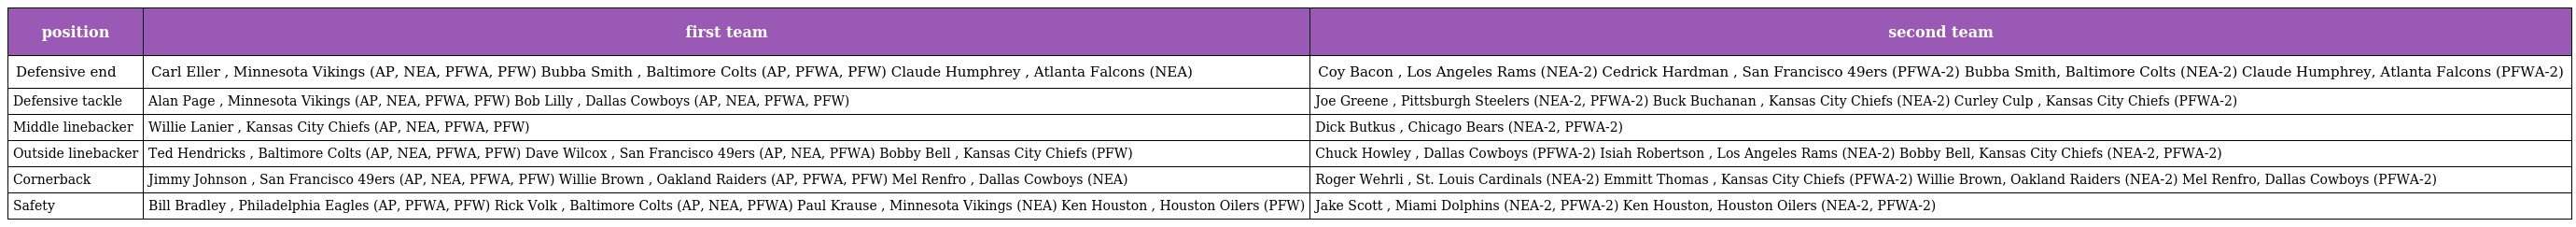
| position | first team | second team |
 | --- | --- | --- |
 | Defensive end | Carl Eller , Minnesota Vikings (AP, NEA, PFWA, PFW) Bubba Smith , Baltimore Colts (AP, PFWA, PFW) Claude Humphrey , Atlanta Falcons (NEA) | Coy Bacon , Los Angeles Rams (NEA-2) Cedrick Hardman , San Francisco 49ers (PFWA-2) Bubba Smith, Baltimore Colts (NEA-2) Claude Humphrey, Atlanta Falcons (PFWA-2) |
 | Defensive tackle | Alan Page , Minnesota Vikings (AP, NEA, PFWA, PFW) Bob Lilly , Dallas Cowboys (AP, NEA, PFWA, PFW) | Joe Greene , Pittsburgh Steelers (NEA-2, PFWA-2) Buck Buchanan , Kansas City Chiefs (NEA-2) Curley Culp , Kansas City Chiefs (PFWA-2) |
 | Middle linebacker | Willie Lanier , Kansas City Chiefs (AP, NEA, PFWA, PFW) | Dick Butkus , Chicago Bears (NEA-2, PFWA-2) |
 | Outside linebacker | Ted Hendricks , Baltimore Colts (AP, NEA, PFWA, PFW) Dave Wilcox , San Francisco 49ers (AP, NEA, PFWA) Bobby Bell , Kansas City Chiefs (PFW) | Chuck Howley , Dallas Cowboys (PFWA-2) Isiah Robertson , Los Angeles Rams (NEA-2) Bobby Bell, Kansas City Chiefs (NEA-2, PFWA-2) |
 | Cornerback | Jimmy Johnson , San Francisco 49ers (AP, NEA, PFWA, PFW) Willie Brown , Oakland Raiders (AP, PFWA, PFW) Mel Renfro , Dallas Cowboys (NEA) | Roger Wehrli , St. Louis Cardinals (NEA-2) Emmitt Thomas , Kansas City Chiefs (PFWA-2) Willie Brown, Oakland Raiders (NEA-2) Mel Renfro, Dallas Cowboys (PFWA-2) |
 | Safety | Bill Bradley , Philadelphia Eagles (AP, PFWA, PFW) Rick Volk , Baltimore Colts (AP, NEA, PFWA) Paul Krause , Minnesota Vikings (NEA) Ken Houston , Houston Oilers (PFW) | Jake Scott , Miami Dolphins (NEA-2, PFWA-2) Ken Houston, Houston Oilers (NEA-2, PFWA-2) |